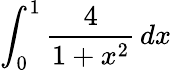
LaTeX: \int_{0}^{1}{\frac{4}{1+x^{2}}}\, dx